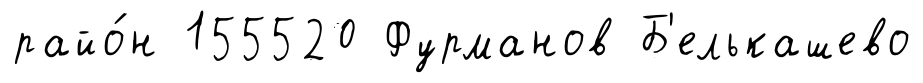
райо́н 155520 Фурманов Б'елькашево